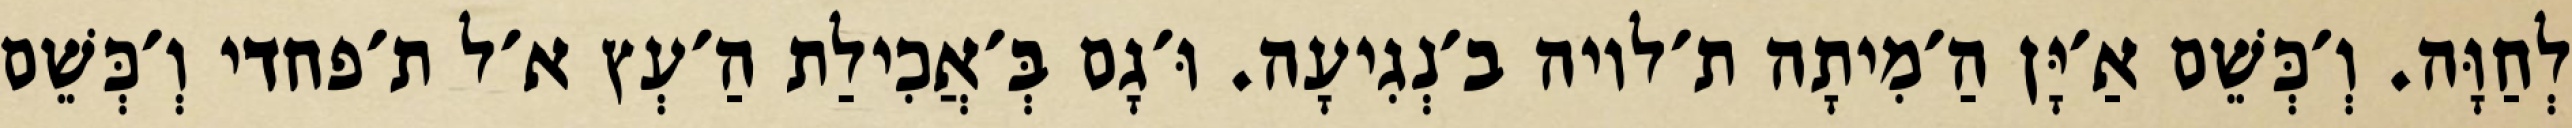
לְחַוָּה. וְ׳כְּשֵׁם אַ׳יָּן הַ׳מִיתָה ת׳לויה ב׳נְגִיעָה. וּ׳גָם בְּ׳אֲכִילַת הַ׳עְץ א׳ל ת׳פחדי וְ׳כְּשֵׁם